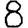
Digit: 8